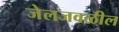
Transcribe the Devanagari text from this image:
जेलजवळील